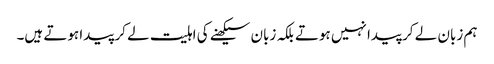
ہم زبان لے کر پیدا نہیں ہوتے بلکہ زبان سیکھنے کی اہلیت لے کر پیدا ہوتے ہیں۔